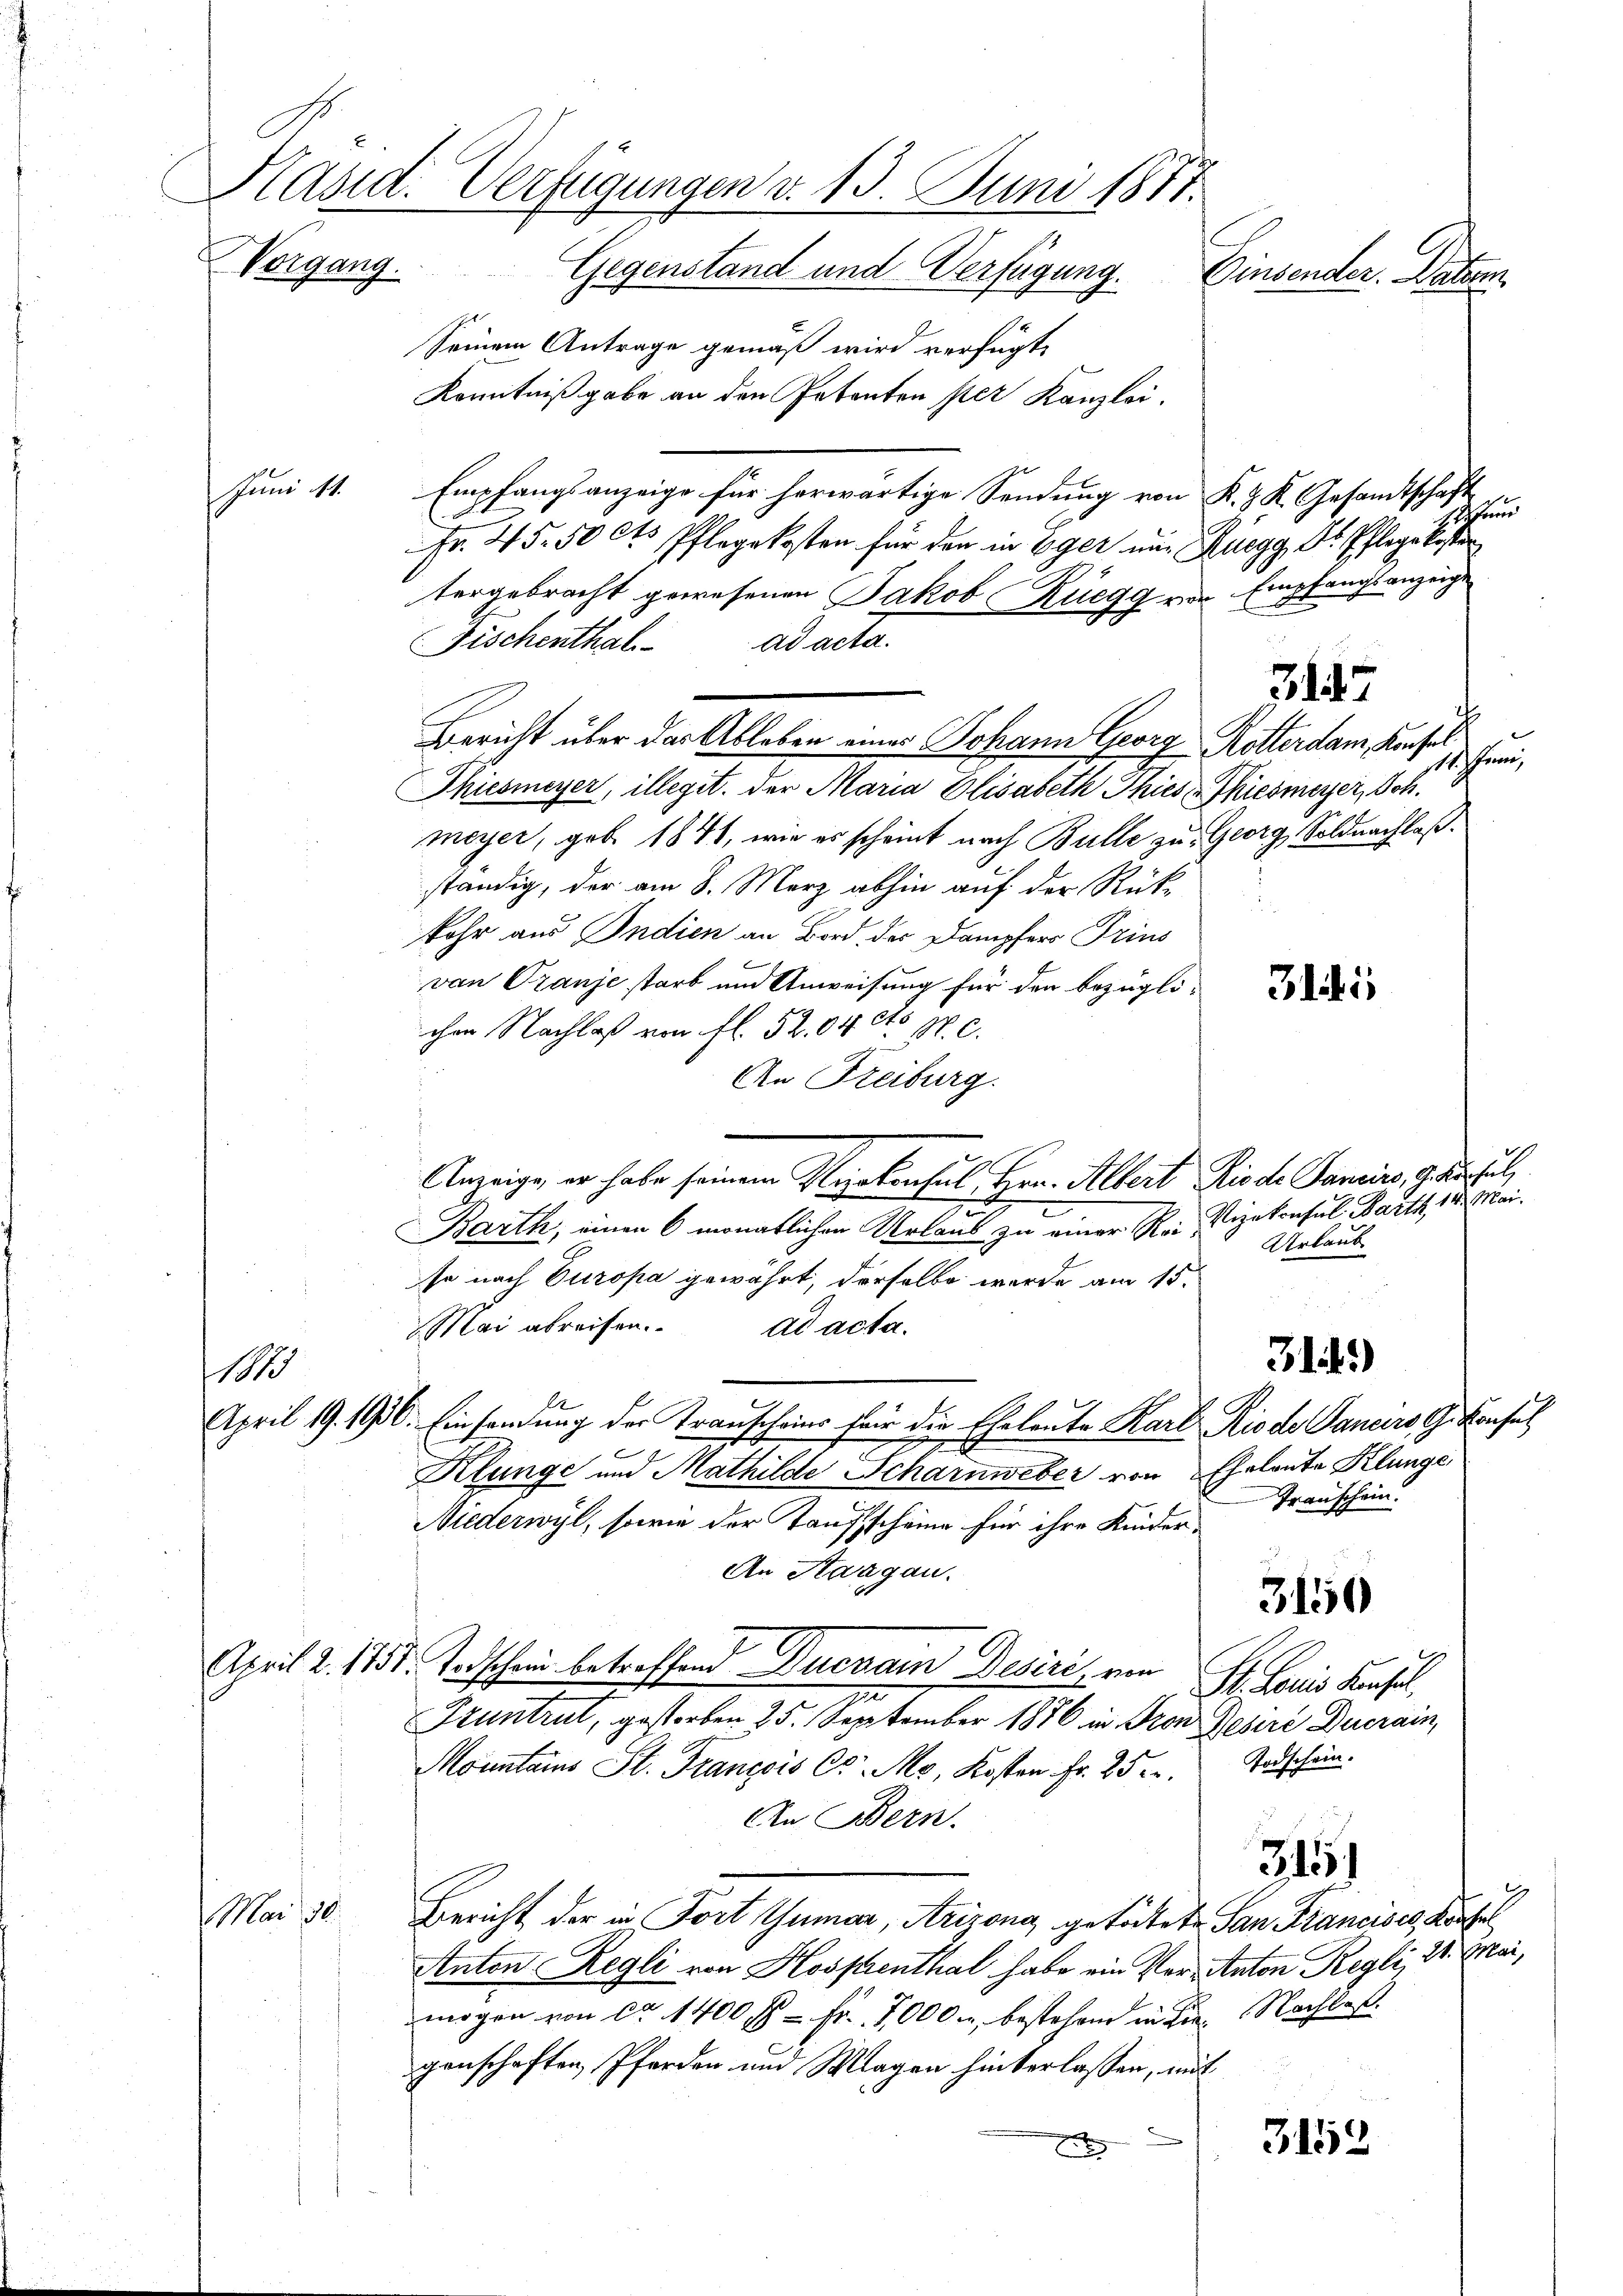
Vorgang.

Kenntnißgabe an den Petenten per Kanzlei.
Juni 11. Empfangsanzeige für herwärtige Sendung von K. Z. K. Gesandtschaft
n
Fr. 25. 50 Cts Pflegekosten für den in Eger nur Rüegg Dr. Pflege kosten
tergebracht gewesenen Jakob Ruegg vor Empfangsanzeige
ad acta.
Fischenthal
3147
Bericht über der Ableben eines Johann Georg Rotterdam Konsel
the
Phiesmeyer, illegit. der Maria Elisabeth Thies hiesmeyer, Sch.
meyer, geb. 1841, wie es scheint nach Bulle zu Georg, Soldnachlaßständig, der am 8. März abhin auf der Rückfehr aus Indien an Bord des Dampfers Trius
von Tranje starb und Anweisung für den bezüglichen Nachlaß von fl. 52,04 No 17. c.
An Freiburg.
.
Anzeige, er habe seinem Vizekonsul Hrn. Albert Riede Gamins, gute hul
Barth, einen 6 monatlichen Urlaub zu einer Rei- Vizekonsul Barth, 18. Mai.
Urlaub
se nach Europa gewährt, derselbe wurde am 15.
Mai abreisen. ad acta.
314.)
101
April 19. 1936. Einsendung der Transcheins für die Eheleute Karl Rio de Canceros G. Konsul
Klunge und Mathilde Scharnweber von Eheleute Klunge
Transchein.
Niederwyl, sowie der Taufsscheine für ihre Kinder¬
An Stangau.
3150
April 2. 1751. Todschein betreffend Ducrain Desiri, von St. Louis Herfol
Fruntrut, gestorben 25. September 1876 in Pron Gesere Ducrain,
Monntains St. François C. M. Kosten Fr. 252. Todschein.
An Bern.
315
Mai 30. Bericht der in Fort Gumar, Arizong getödtete San Francisce Kaufel
Anton Regli von Hospenthal habe ein Ver- Anton Regli, 21. Mai,
mögen von ca 1400 f - Fr. 1000 M. bestehend in die Nachles.
genschaften, Pferden und Magen hinterlassen, mit
3152
E

Kasid. Verfügungen v. 15. Juni 1871.
Gegenstand und Verfügung.
Einsender. Datum
Seinem Antrage gemäß wird verfügt,